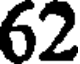
62